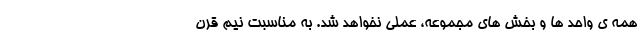
همه ی واحد ها و بخش های مجموعه، عملی نخواهد شد. به مناسبت نیم قرن